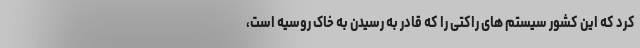
کرد که این کشور سیستم های راکتی را که قادر به رسیدن به خاک روسیه است،